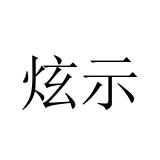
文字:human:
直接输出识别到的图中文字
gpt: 炫示